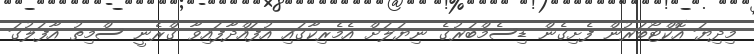
މިދިޔަ އޮކްޓޯބަރުން ފެށިގެން ޑިސެމްބަރުގެ ނިޔަލަށް އެމެރިކާގައި އުފައްދާފައިވާ ގްރެނީ ސްމިތު އާފަލުގަ